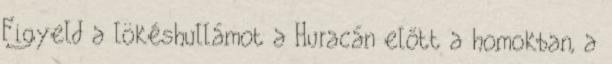
Figyeld a lökéshullámot a Huracán előtt a homokban, a